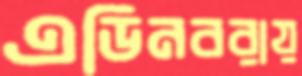
এডিনবরায়